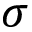
\sigma